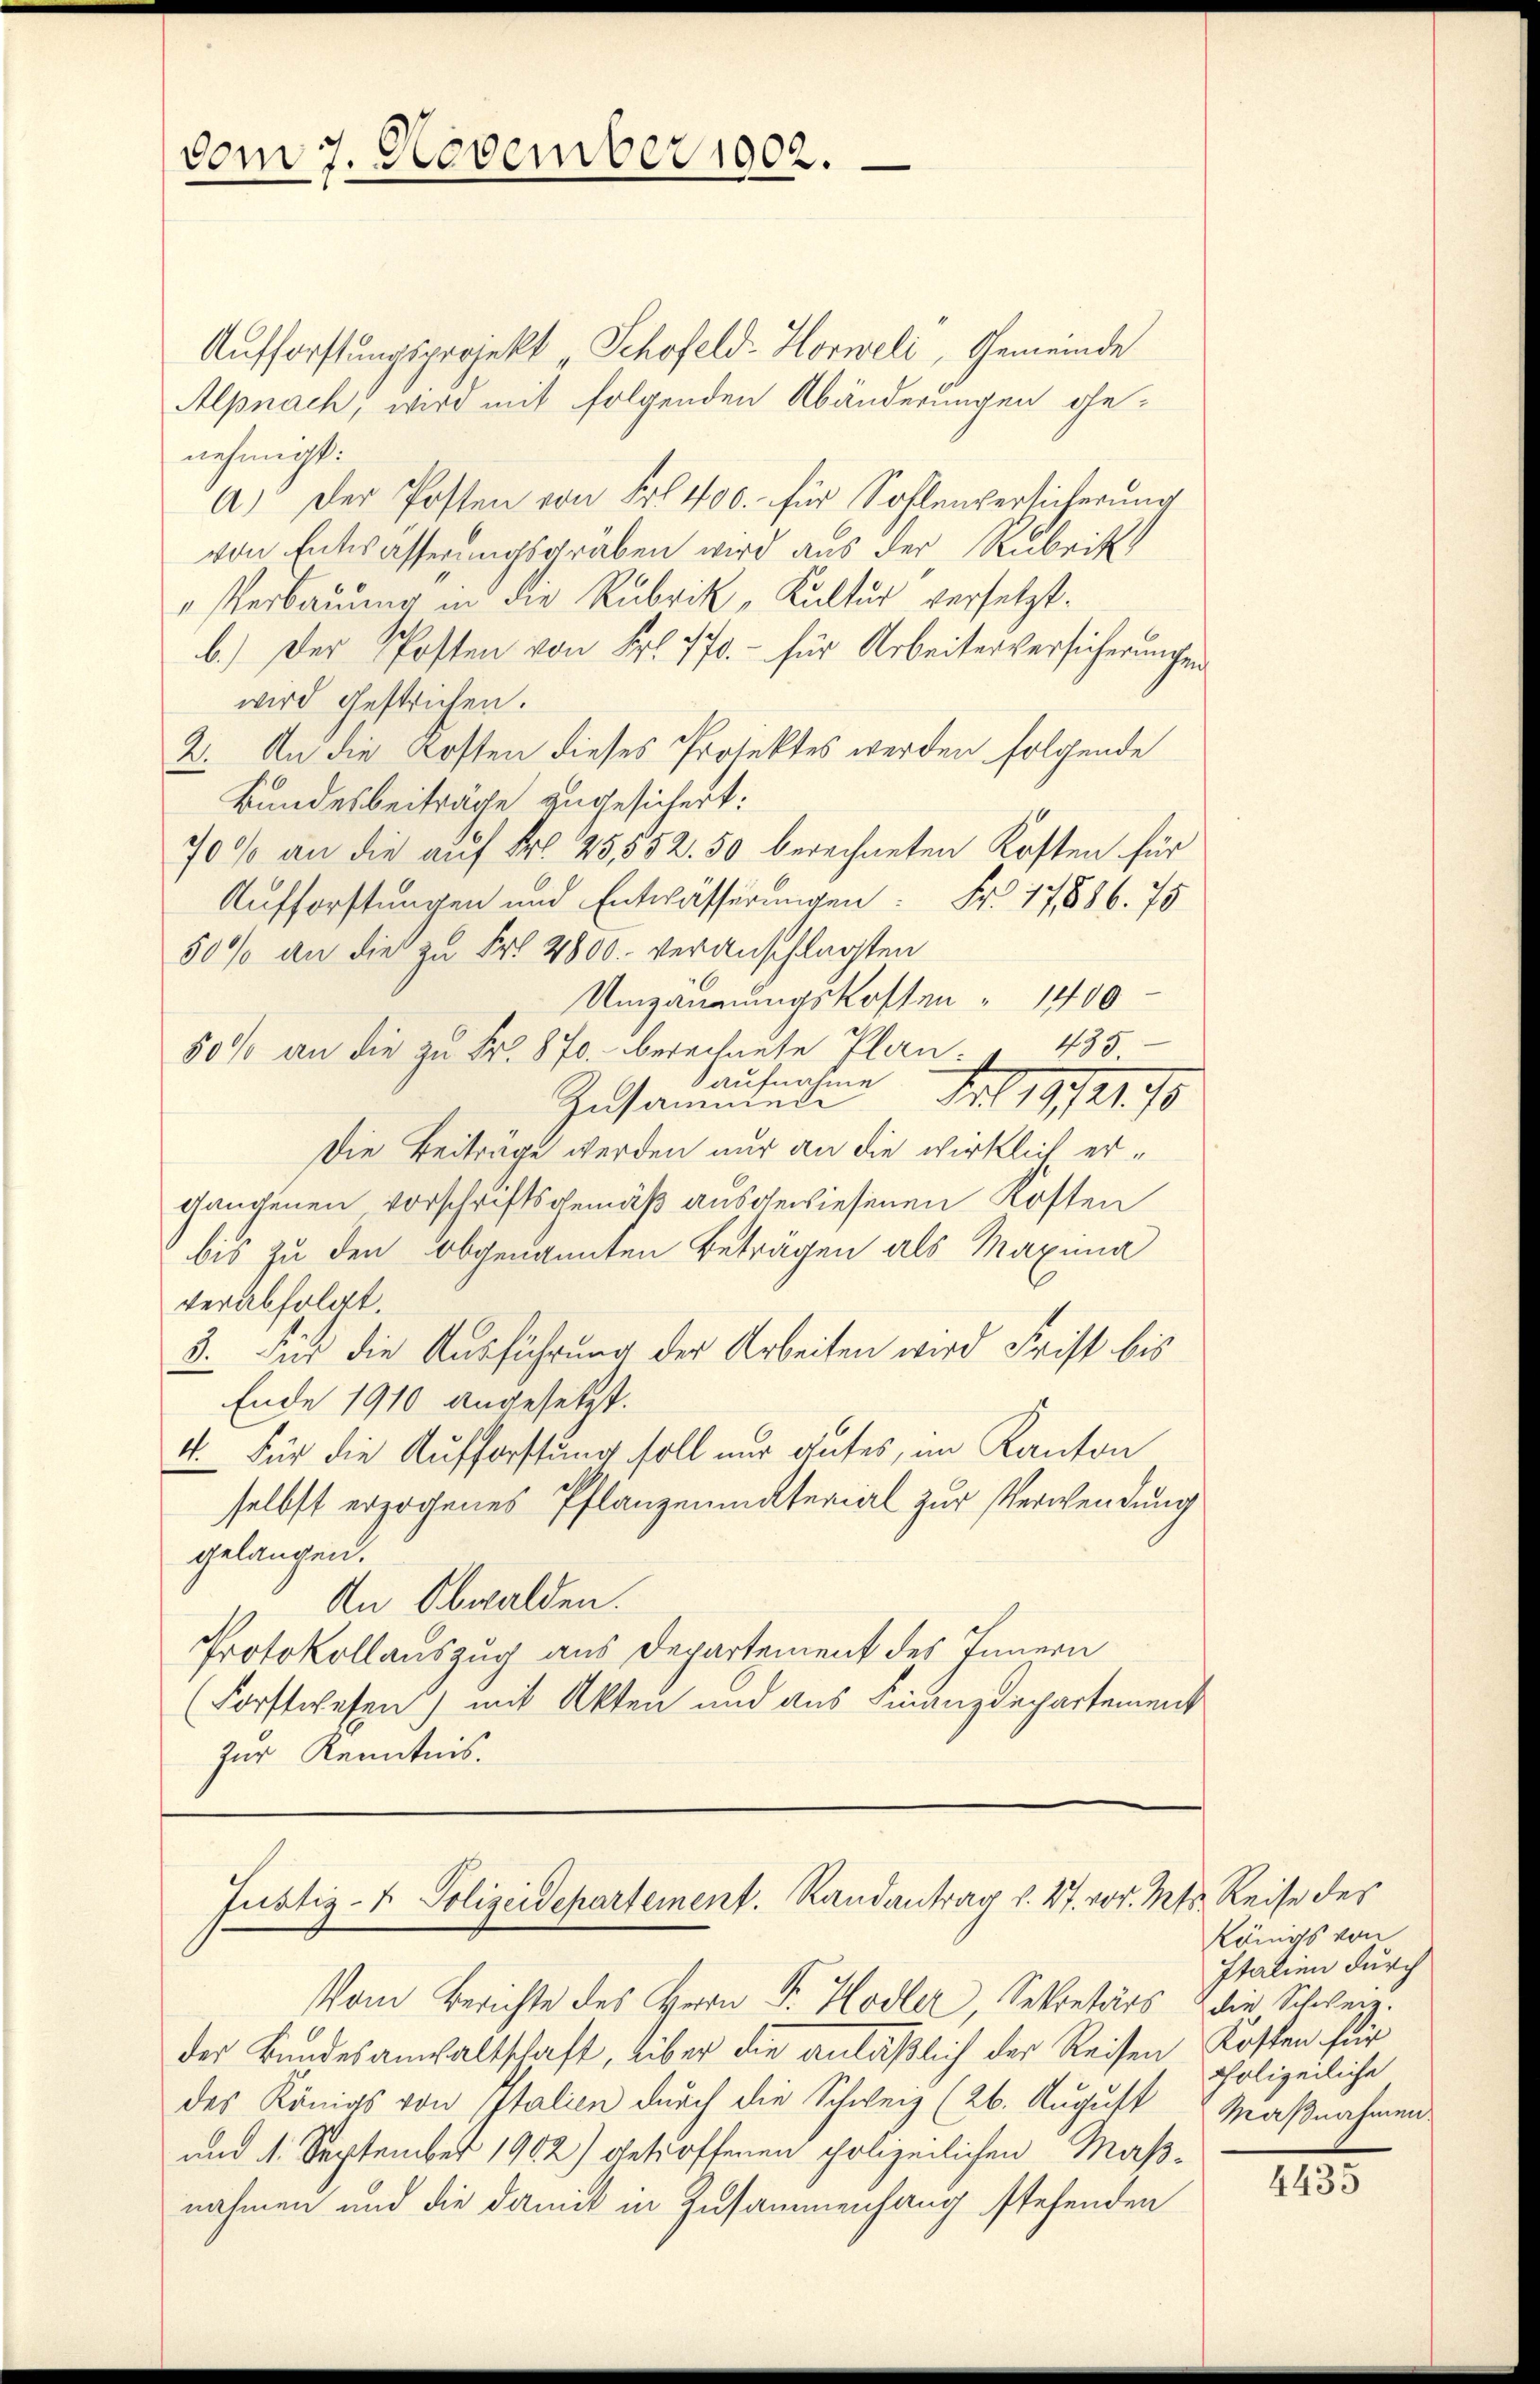
vom 7. November 1902.

Aufforstungsprojekt „Schofeld- Horweli, Gemeinde
Alpnach, wird mit folgenden Abänderungen ge-
nehmigt:
A.) Der Posten von Frl. 400. für Sohlenversicherung
von Entwässerungsgraben wird aus der Rubrik
" Verbauung in die Rubrik „Kultur versetzt.
b.) Der Posten von Fr. 770. - für Arbeiterversicherungen
wird gestrichen.
2. An die Kosten dieses Projektes werden folgende
Bundesbeiträge zugesichert:
70% an die auf Fr. 25,552. 50 berechneten Kosten für
Aufforstungen und Entwässerungen: Fr. 17886. 75
50% an die zu Fr. 2800. veranschlagten
Umzäumungskosten " 1400
50% an die zŭ Fr. 870. berechnete Plan: " 435
aufnahme
Fr. 19121. 70
Zusammene
Die Beiträge werden nur an die wirklich ergangenen Vorschriftsgemäß ausgewiesenen Kosten
bis zu den obgenannten Beträgen als Maxima
verabfolgt.
2. Für die Ausführung der Arbeiten wird Frist bis
Ende 1910 angesetzt.
4. Für die Aufforstung soll nur gutes, im Kanton
selbst erzogenes Pflanzenmaterial zur Verwendung
gelangen.
An Obwalden.
Protokollauszug aus Departement des Innern
(Forstwesen) mit Akten und aus Finanzdepartement
zur Kenntnis.

Justiz- & Polizeidepartement. Randantrag v. 27. vor. Mts. Reise des

Vom Berichte des Herrn Fr. Hodler, Sekretärs
der Bundesanwaltschaft, aber die anläßlich der Reisen Kosten für
des Königs von Italien durch die Schweiz (26. August
und 1. September 1902) getroffenen polizeilichen Maßnahmen und die damit in Zusammenhang stehenden

Königs von
Italien durch
die Schweiz.
polizeiliche
Maßnahmen.

1155